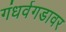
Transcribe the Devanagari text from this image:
गंधर्वगडावर